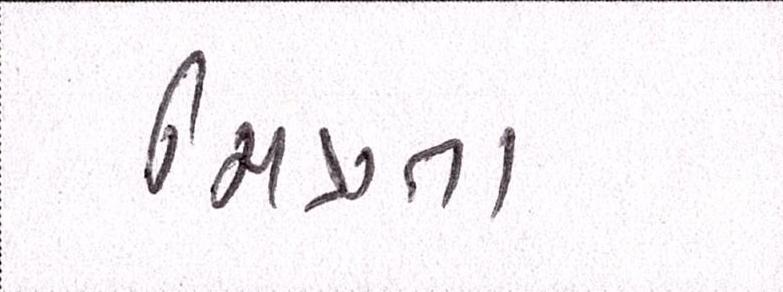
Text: મિત્રતા